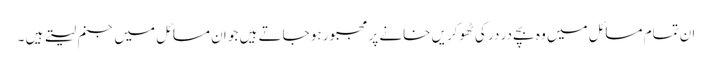
ان تمام مسائل میں وہ بچے در در کی ٹھوکریں خانے پر مجبور ہو جاتے ہیں جو ان مسائل میں جنم لیتے ہیں ۔